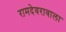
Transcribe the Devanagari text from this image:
रामदेवरावाला